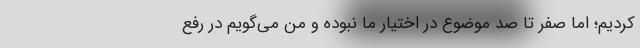
کردیم؛ اما صفر تا صد موضوع در اختیار ما نبوده و من می‌گویم در رفع